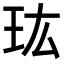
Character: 𤣾